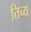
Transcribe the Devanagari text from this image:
तिच्य